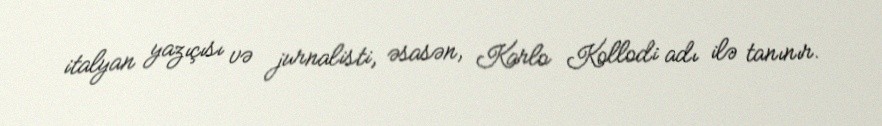
italyan yazıçısı və jurnalisti, əsasən, Karlo Kollodi adı ilə tanınır.